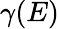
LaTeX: \gamma(E)